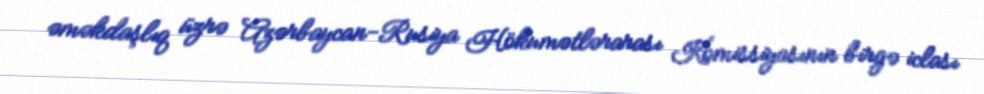
əməkdaşlıq üzrə Azərbaycan-Rusiya Hökumətlərarası Komissiyasının birgə iclası